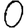
Digit: 0